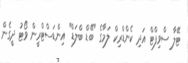
ޓޭލާ ސްވިފްޓް އަދި ކެންޑްރިކް ލަމާގެ "ބޭޭޑް ބްލަޑް" އިންޑަސްޓްރީން ވޯޓު ދީގެން